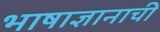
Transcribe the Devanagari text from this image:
भाषाज्ञानाची